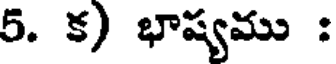
5. క) భాష్యము :